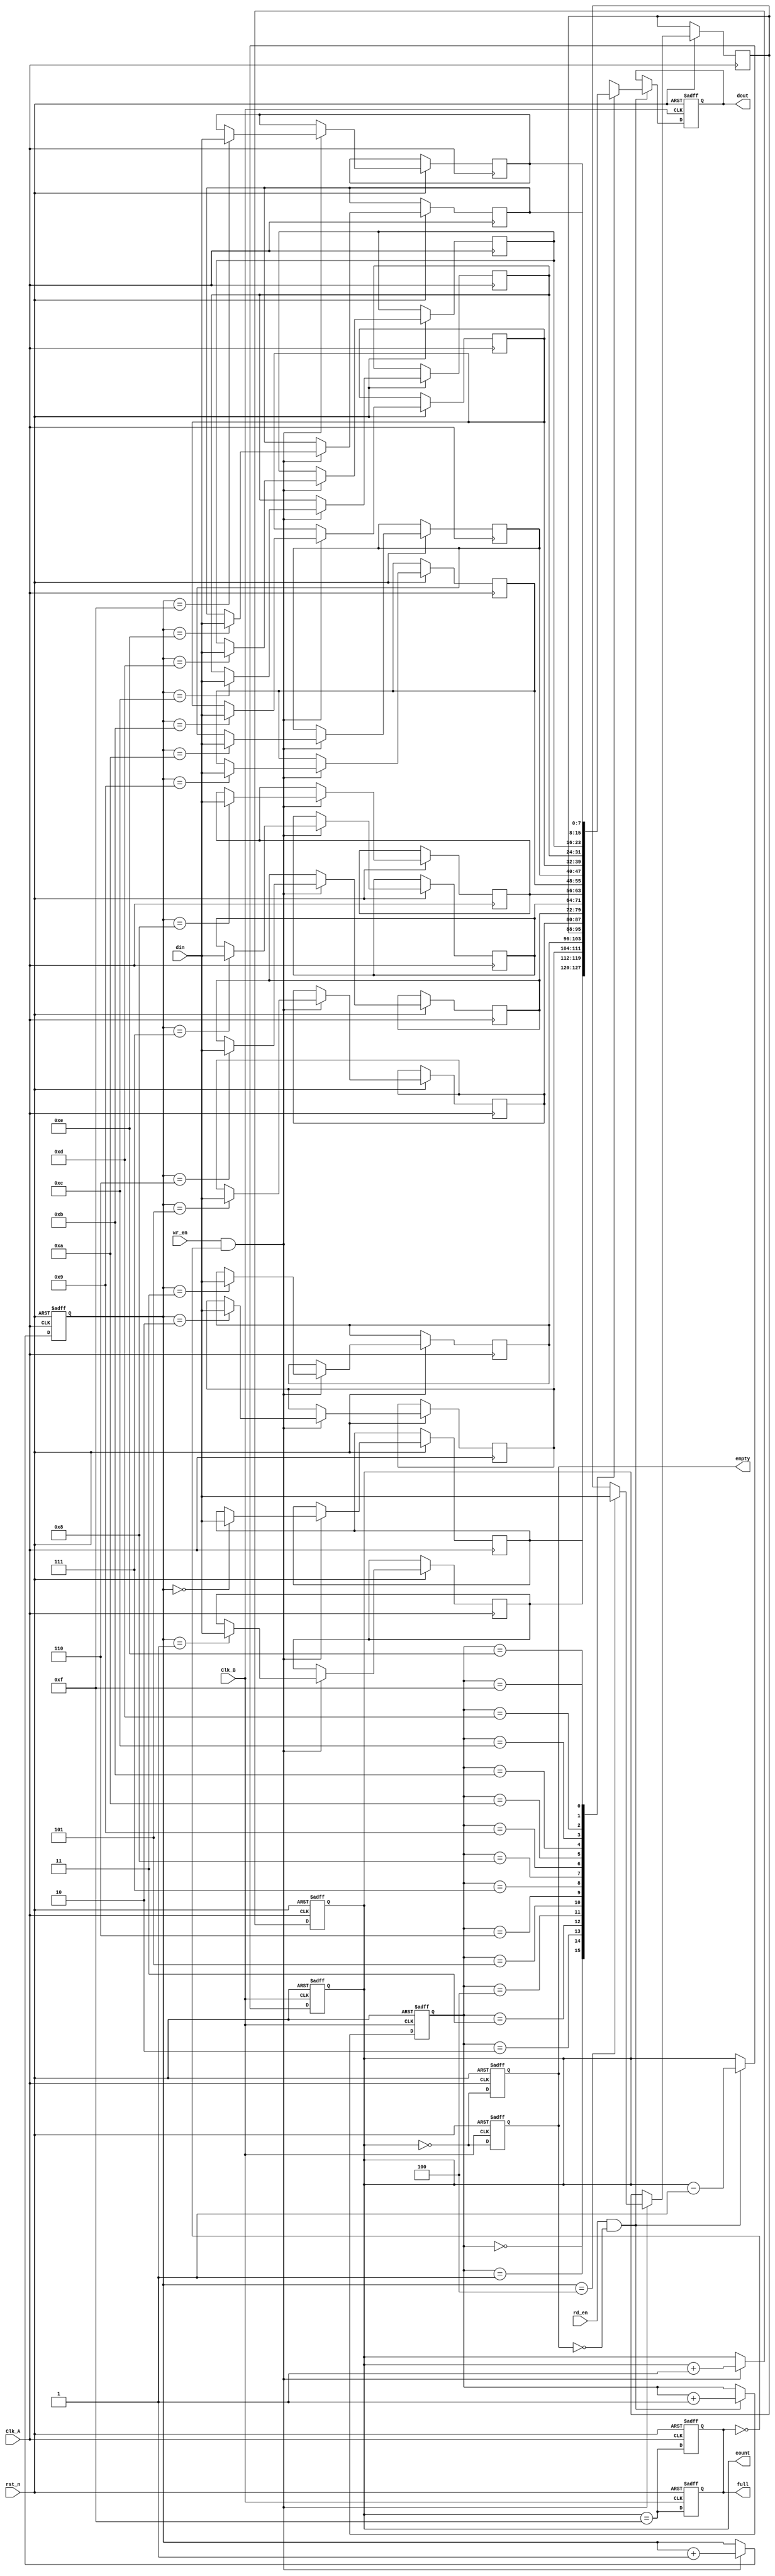
module fifo_synchronizer #(
    parameter DATA_WIDTH = 8,
    parameter FIFO_DEPTH = 16
)(
    input wire Clk_A,
    input wire Clk_B,
    input wire rst_n,               // Active low reset
    input wire wr_en,               // Write enable
    input wire rd_en,               // Read enable
    input wire [DATA_WIDTH-1:0] din, // Data input
    output reg [DATA_WIDTH-1:0] dout, // Data output
    output reg full,                // FIFO full flag
    output reg empty,               // FIFO empty flag
    output reg [3:0] count          // Number of elements in FIFO
);

    // FIFO memory
    reg [DATA_WIDTH-1:0] fifo_mem [0:FIFO_DEPTH-1];
    reg [3:0] wr_ptr;               // Write pointer
    reg [3:0] rd_ptr;               // Read pointer

    // Asynchronous reset and FIFO initialization
    always @(posedge Clk_A or negedge rst_n) begin
        if (!rst_n) begin
            wr_ptr <= 0;
            count <= 0;
            full <= 0;
            empty <= 1;
        end else begin
            if (wr_en && !full) begin
                fifo_mem[wr_ptr] <= din;
                wr_ptr <= wr_ptr + 1;
                count <= count + 1;
            end
            // Update full and empty flags
            full <= (count == FIFO_DEPTH - 1);
            empty <= (count == 0);
        end
    end

    // Read logic for Clk_B
    always @(posedge Clk_B or negedge rst_n) begin
        if (!rst_n) begin
            rd_ptr <= 0;
            dout <= 0;
            count <= 0;
            full <= 0;
            empty <= 1;
        end else begin
            if (rd_en && !empty) begin
                dout <= fifo_mem[rd_ptr];
                rd_ptr <= rd_ptr + 1;
                count <= count - 1;
            end
            // Update full and empty flags
            full <= (count == FIFO_DEPTH - 1);
            empty <= (count == 0);
        end
    end

endmodule